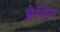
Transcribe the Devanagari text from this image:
ब्रैगिंग